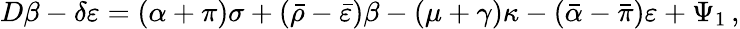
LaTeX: D\beta-\delta\varepsilon=(\alpha+\pi)\sigma+({\bar{\rho}}-{\bar{\varepsilon}})\beta-(\mu+\gamma)\kappa-({\bar{\alpha}}-{\bar{\pi}})\varepsilon+\Psi_{1}\, ,